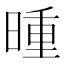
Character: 𬁇